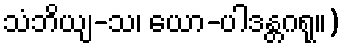
သံဘိယျ-သ၊ ယော-ပါဒန္တဂရု။)